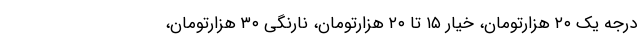
درجه یک ۲۰ هزارتومان، خیار ۱۵ تا ۲۰ هزارتومان، نارنگی ۳۰ هزارتومان،